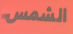
الشمس